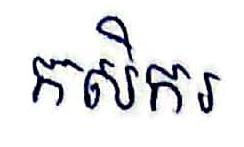
កសិករ